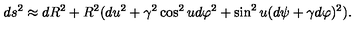
d s ^ { 2 } \approx d R ^ { 2 } + R ^ { 2 } ( d u ^ { 2 } + \gamma ^ { 2 } \cos ^ { 2 } u d \varphi ^ { 2 } + \sin ^ { 2 } u ( d \psi + \gamma d \varphi ) ^ { 2 } ) .